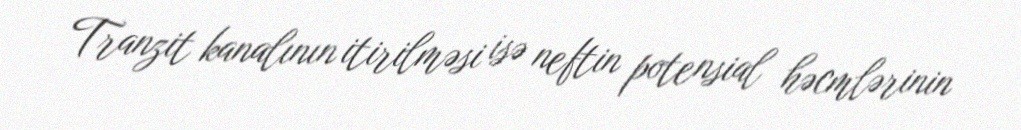
Tranzit kanalının itirilməsi isə neftin potensial həcmlərinin